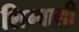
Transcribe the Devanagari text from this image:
शिम्वाली